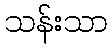
သန်းသာ